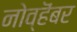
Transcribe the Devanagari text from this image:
नोव्हॆंबर